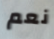
نعم